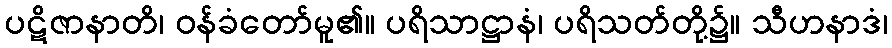
ပဋိဇာနာတိ၊ ဝန်ခံတော်မူ၏။ ပရိသာဋ္ဌာနံ၊ ပရိသတ်တို့၌။ သီဟနာဒံ၊